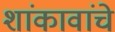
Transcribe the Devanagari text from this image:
शांकावांचे